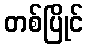
တစ်ပြိုင်